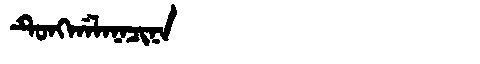
Manchu: ᡨᡠᠩᡤᠠᠯᠠᠨᠠᠴᡳᠨᠠ
Romanization: TUNGGALANACINA